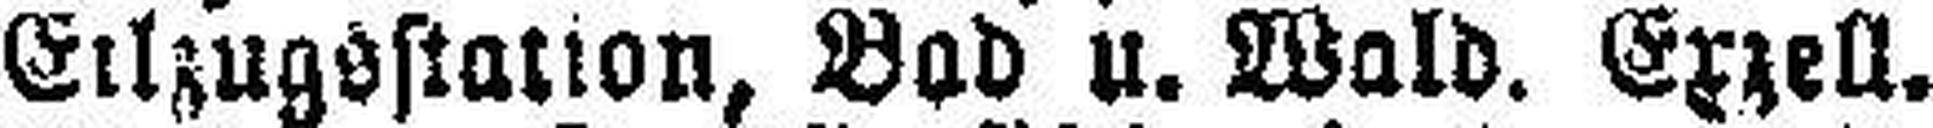
Eilzugsstation, Bad u. Wald. Exzell.